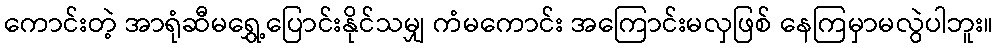
ကောင်းတဲ့ အာရုံဆီမရွှေ့ပြောင်းနိုင်သမျှ ကံမကောင်း အကြောင်းမလှဖြစ် နေကြမှာမလွဲပါဘူး။